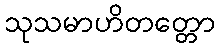
သုသမာဟိတတ္တော